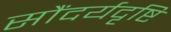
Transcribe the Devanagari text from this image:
सौंदर्यदृष्टि